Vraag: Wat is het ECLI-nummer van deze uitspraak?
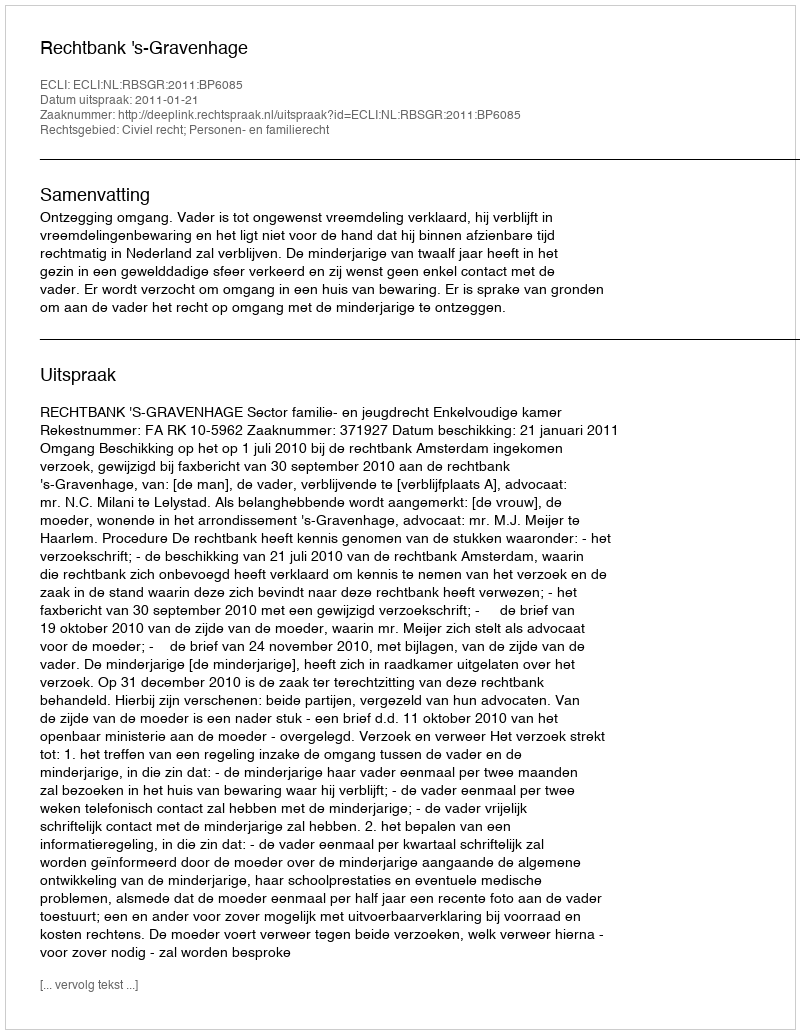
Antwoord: ECLI:NL:RBSGR:2011:BP6085